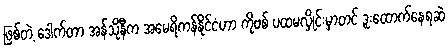
ဖြစ်တဲ့ ဒေါက်တာ အန်သိုနီက အမေရိကန်နိုင်ငံဟာ ကိုဗစ် ပထမလှိုင်းမှာတင် ဒူးထောက်နေရဆဲ